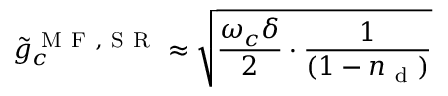
\tilde { g } _ { c } ^ { \mathrm { ~ M ~ F ~ , ~ S ~ R ~ } } \approx \sqrt { \frac { \omega _ { c } \delta } { 2 } \cdot \frac { 1 } { ( 1 - n _ { \mathrm { ~ d ~ } } ) } }